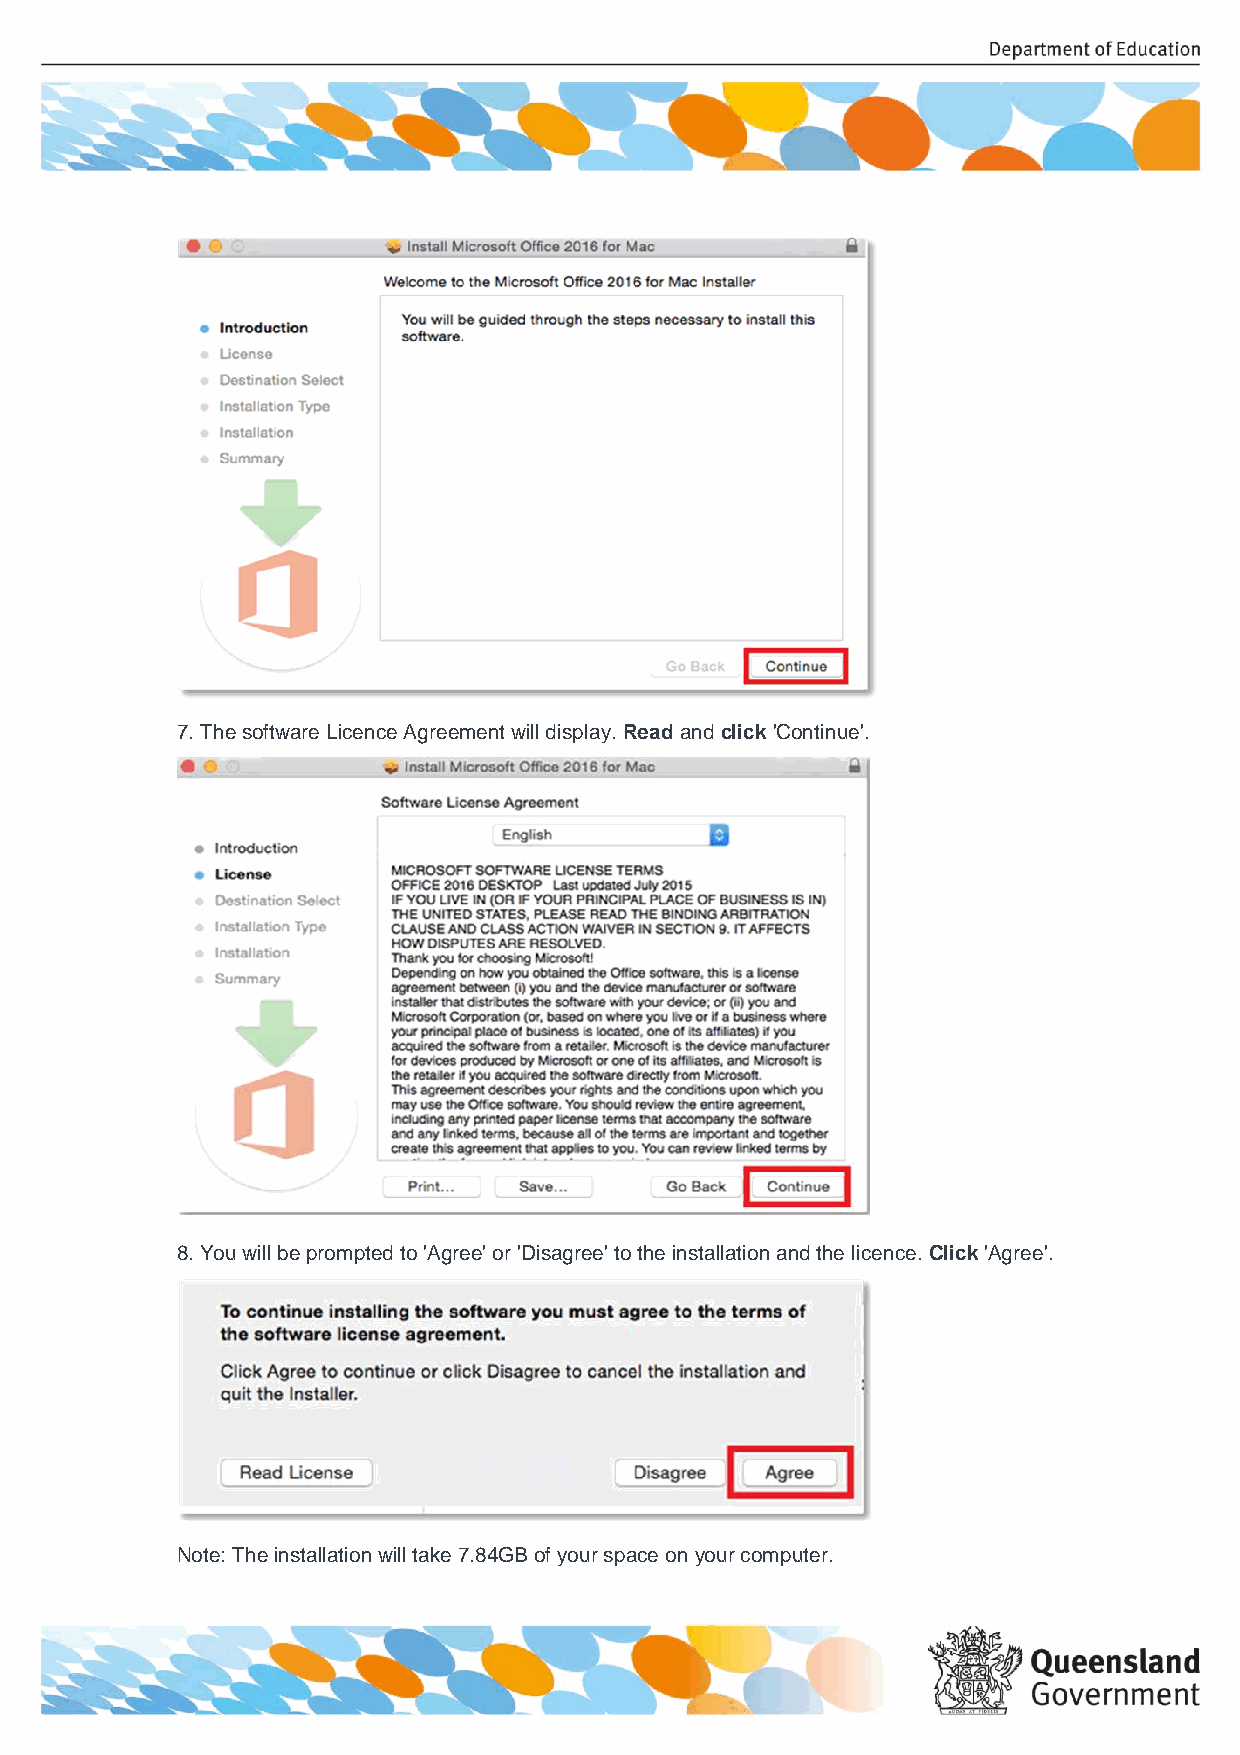
7. The software Licence Agreement will display. Read and click 'Continue'.
 8. You will be prompted to 'Agree' or 'Disagree' to the installation and the licence. Click 'Agree'.
 Note: The installation will take 7.84GB of your space on your computer.